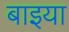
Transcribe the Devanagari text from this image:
बाइया